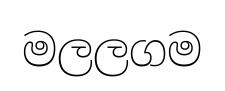
මලලගම